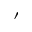
^ { \prime }